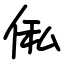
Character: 俬